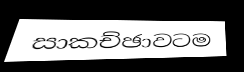
සාකච්ඡාවටම